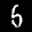
Label: 5